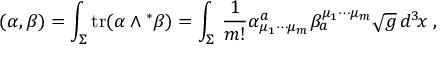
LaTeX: ( \alpha , \beta ) = \int _ { \Sigma } ^ { } \mathrm { t r } ( \alpha \wedge { } ^ { \ast } \beta ) = \int _ { \Sigma } ^ { } \, \frac { 1 } { m ! } \alpha _ { \mu _ { 1 } \cdots \mu _ { m } } ^ { a } \beta _ { a } ^ { \mu _ { 1 } \cdots \mu _ { m } } \sqrt { g } \, d ^ { 3 } \! x \; ,